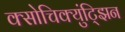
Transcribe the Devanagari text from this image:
क्सोचिक्युंट्झिन